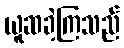
ယူဆခဲ့ကြသည်